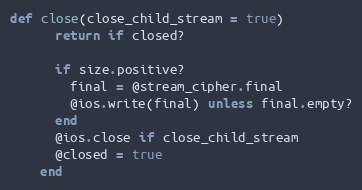
Language: Ruby
def close(close_child_stream = true)
      return if closed?

      if size.positive?
        final = @stream_cipher.final
        @ios.write(final) unless final.empty?
      end
      @ios.close if close_child_stream
      @closed = true
    end